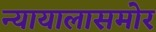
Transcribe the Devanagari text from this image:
न्यायालासमोर